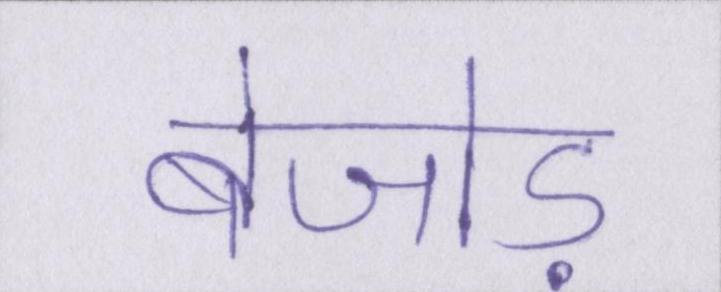
बेजोड़